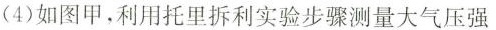
(4)如图甲，利用托里拆利实验步骤测量大气压强